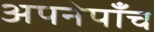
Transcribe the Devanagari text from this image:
अपनेपाँच